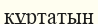
құртатын